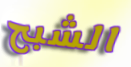
الشبح